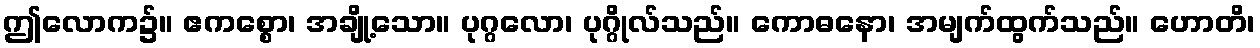
ဤလောက၌။ ဧကစ္စော၊ အချို့သော။ ပုဂ္ဂလော၊ ပုဂ္ဂိုလ်သည်။ ကောဓနော၊ အမျက်ထွက်သည်။ ဟောတိ၊